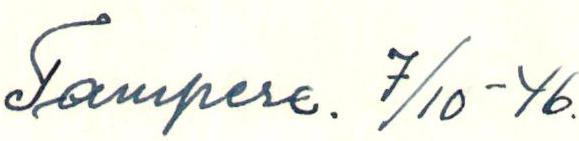
Tampere. 7/10-46.